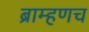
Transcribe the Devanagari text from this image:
ब्राम्हणच